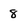
Character: 8